Report of the Indian Hemp Drugs Commission, 1894-1895 - Volume IV
Year: 1894
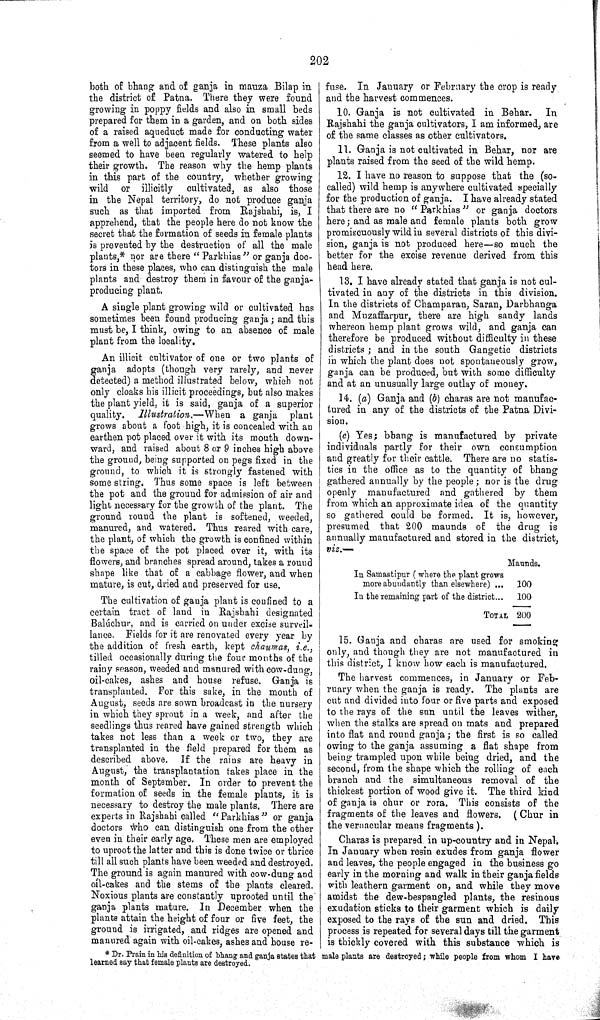
202
both of bhang and of ganja in mauza Bilap in
the district of Patna. There they were found
growing in poppy fields and also in small beds
prepared for them in a garden, and on both sides
of a raised aqueduct made for conducting water
from a well to adjacent fields. These plants also
seemed to have been regularly watered to help
their growth. The reason why the hemp plants
in this part of the country, whether growing
wild or illicitly
cultivated, as also those
in the Nepal territory, do not produce ganja
such as that imported from Rajshahi, is, I
apprehend, that the people here do not know the
secret that the formation of seeds in female plants
is prevented by the destruction of all the male
plants,* nor are there "Parkhias" or ganja doc-
tors in these places, who can distinguish the male
plants and destroy them in favour of the ganja-
producing plant.
A single plant growing wild or cultivated has
sometimes been found producing ganja; and this
must be, I think, owing to an absence of male
plant from the locality.
An illicit cultivator of one or two plants of
ganja adopts (though very rarely, and never
detected) a method illustrated below, which not
only cloaks his illicit proceedings, but also makes
the plant yield, it is said, ganja of a superior
quality.
Illustration.—When
a ganja plant
grows about a foot high, it is concealed with an
earthen pot placed over it with its mouth down-
ward, and raised about 8 or 9 inches high above
the ground, being supported on pegs fixed in the
ground, to which it is strongly fastened with
some string. Thus some space is left between
the pot and the ground for admission of air and
light necessary for the growth of the plant. The
ground round the plant is softened, weeded,
manured, and watered. Thus reared with care,
the plant, of which the growth is confined within
the space of the pot placed over it, with its
flowers, and branches spread around, takes a round
shape like that of a cabbage flower, and when
mature, is cut, dried and preserved for use.
The cultivation of ganja plant is confined to a
certain tract of land in Rajshahi designated
Balúchur, and is carried on under excise surveil-
lance. Fields for it are renovated every year by
the addition of fresh earth, kept chaumas, i.e.,
tilled occasionally during the four months of the
rainy season, weeded and manured with cow-dung,
oil-cakes, ashes and house refuse. Ganja is
transplanted. For this sake, in the month of
August, seeds are sown broadcast in the nursery
in which they sprout in a week, and after the
seedlings thus reared have gained strength which
takes not less than a week or two, they are
transplanted in the field prepared for them as
described above. If the rains are heavy in
August, the transplantation takes place in the
month of September. In order to prevent the
formation of seeds in the female plants, it is
necessary to destroy the male plants. There are
experts in Rajshahi called "Parkhias" or ganja
doctors who can distinguish one from the other
even in their early age. These men are employed
to uproot the latter and this is done twice or thrice
till all such plants have been weeded and destroyed.
The ground is again manured with cow-dung and
oil-cakes and the stems of the plants cleared.
Noxious plants are constantly uprooted until the
ganja plants mature. In December when the
plants attain the height of four or five feet, the
ground is irrigated, and ridges are opened and
manured again with oil-cakes, ashes and house re-
fuse. In January or February the crop is ready
and the harvest commences.
10. Ganja is not cultivated in Behar.
In
Rajshahi the ganja cultivators, I am informed, are
of the same classes as other cultivators.
11. Ganja is not cultivated in Behar, nor are
plants raised from the seed of the wild hemp.
12. I have no reason to suppose that the (so-
called) wild hemp is anywhere cultivated specially
for the production of ganja. I have already stated
that there are no "Parkhias" or ganja doctors
here; and as male and female plants both grow
promiscuously wild in several districts of this divi-
sion, ganja is not produced here—so much the
better for the excise revenue derived from this
head here.
13. I have already stated that ganja is not cul-
tivated in any of the districts in this division.
In the districts of Champaran, Saran, Darbhanga
and Muzaffarpur, there are high sandy lands
whereon hemp plant grows wild, and ganja can
therefore be produced without difficulty in these
districts; and in the south Gangetic districts
in which the plant does not spontaneously grow,
ganja can be produced, but with some difficulty
and at an unusually large outlay of money.
14. (a) Ganja and (b) charas are not manufac-
tured in any of the districts of the Patna Divi-
sion.
(c) Yes; bhang is manufactured by private
individuals partly for their own consumption
and greatly for their cattle. There are no statis-
tics in the office as to the quantity of bhang
gathered annually by the people; nor is the drug
openly manufactured and gathered by them
from which an approximate idea of the quantity
so gathered could be formed. It is, however,
presumed that 200 maunds of the drug is
annually manufactured and stored in the district,
viz.—
Maunds.
In Samastipur (where the plant grows
more abundantly than elsewhere)
100
In the remaining part of the district
100
TOTAL 200
15. Ganja and charas are used for smoking
only, and though they are not manufactured in
this district, I know how each is manufactured.
The harvest commences, in January or Feb-
ruary when the ganja is ready. The plants are
cut and divided into four or five parts and exposed
to the rays of the sun until the leaves wither,
when the stalks are spread on mats and prepared
into flat and round ganja; the first is so called
owing to the ganja assuming a flat shape from
being trampled upon while being dried, and the
second, from the shape which the rolling of each
branch and the simultaneous removal of the
thickest portion of wood give it. The third kind
of ganja is chur or rora. This consists of the
fragments of the leaves and flowers. (Chur in
the vernacular means fragments).
Charas is prepared in up-country and in Nepal.
In January when resin exudes from ganja flower
and leaves, the people engaged in the business go
early in the morning and walk in their ganja fields
with leathern garment on, and while they move
amidst the dew-bespangled plants, the resinous
exudation sticks to their garment which is daily
exposed to the rays of the sun and dried. This
process is repeated for several days till the garment
is thickly covered with this substance which is
* Dr. Prain in his definition of bhang and ganja states that male plants are destroyed; while people from whom I have
learned say that female plants are destroyed.